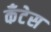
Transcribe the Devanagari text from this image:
कॅंटेस